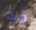
قد